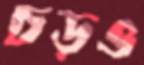
চড়ও